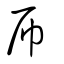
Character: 帍